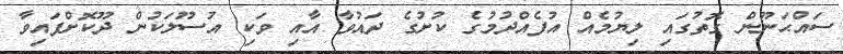
ސައްޙަނޫން ގޮތުގައި ލިޔުމެއް އުފެއްދުމުގެ ކުށުގެ ދައުވާ އާއި ވަކި އުސޫލަކުން ދޫކޮށްފައިވާ